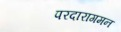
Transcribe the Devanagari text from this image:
परदारागमन